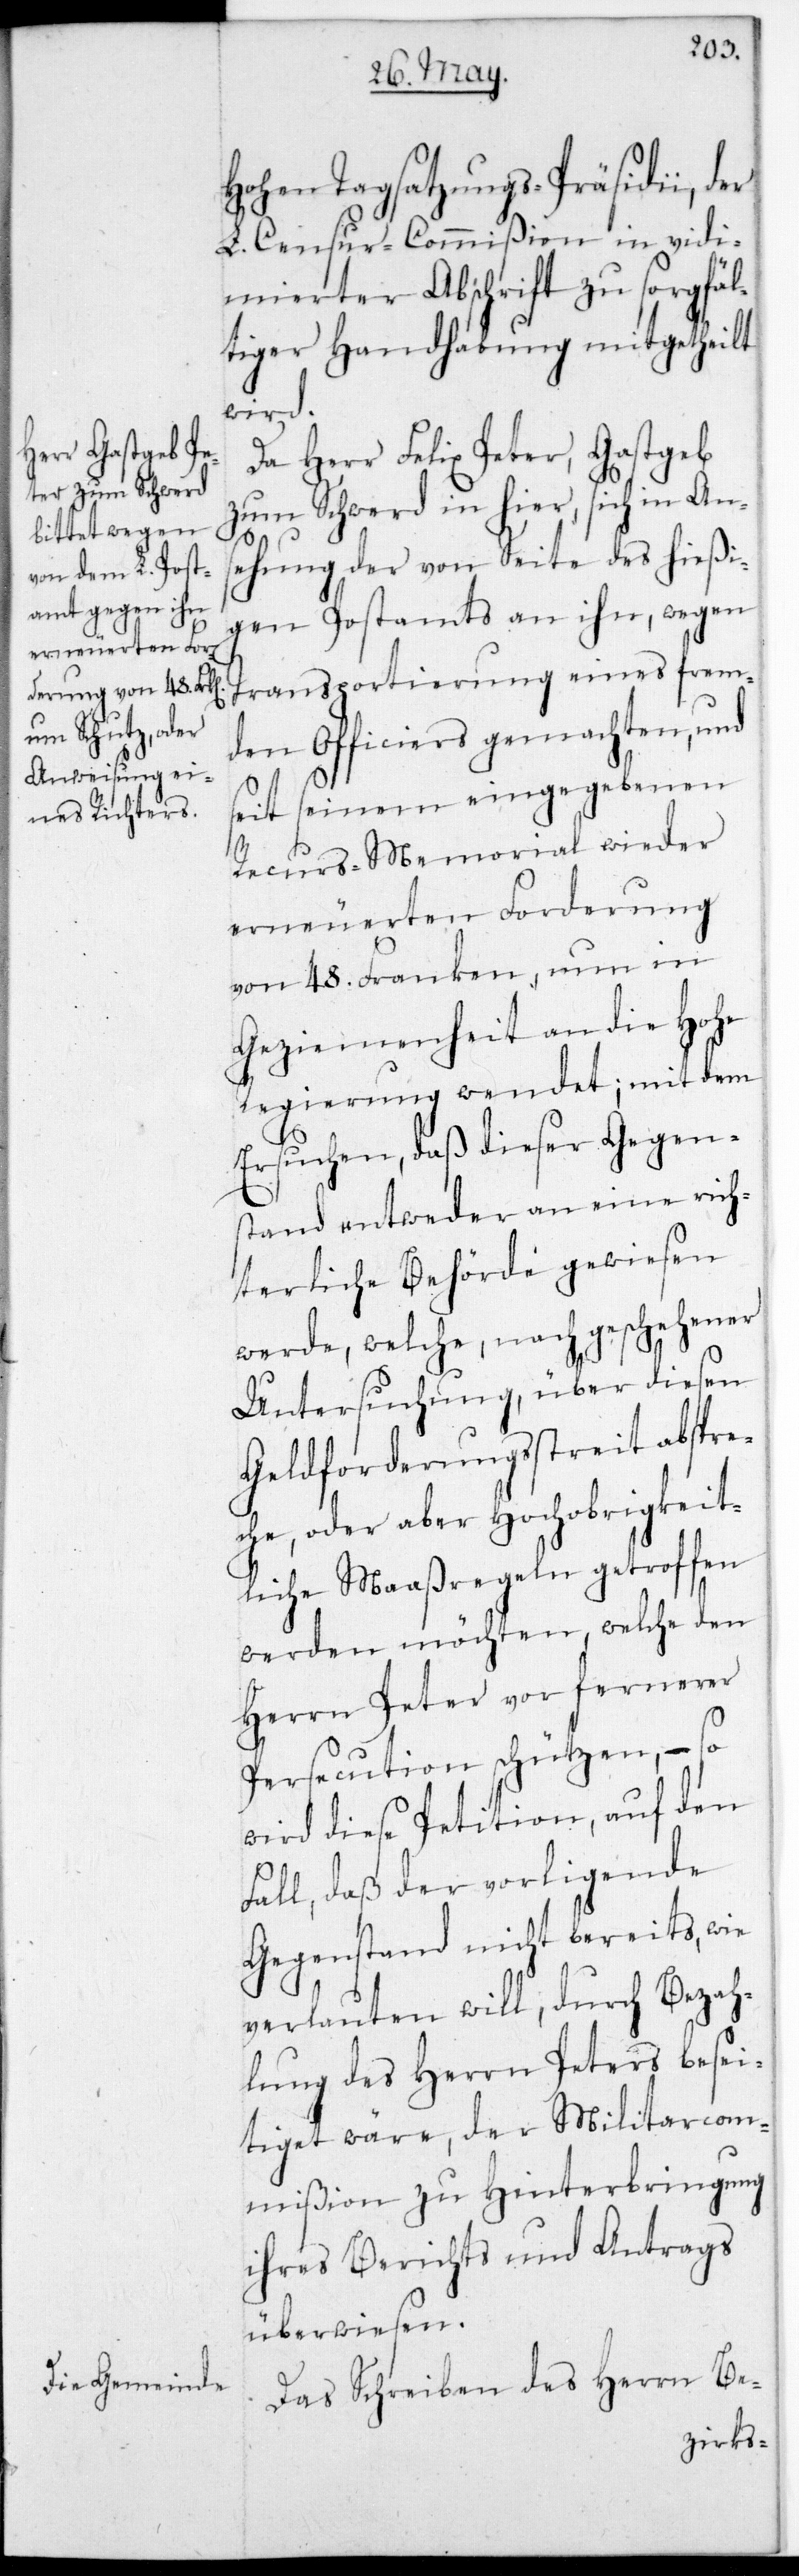
Hohen Tagsatzungs-Präsidii, der
L. Censur-Commißion in vidi¬
mierter Abschrift zu sorgfäl¬
tiger Handhabung mitgetheilt
wird.
Da Herr Felix Peter, Gastgeb
zum Schwerd in hier, sich in Ans¬
ehung der von Seite des hießi¬
gen Postamts an ihn, wegen
Transportierung eines frem¬
den Officiers gemachten, und
seit seinem eingegebenen
Recurs-Memorial wieder
erneuereten Forderung
von 48. Franken, nun in
Geziemenheit an die Hohe
Regierung wendet; mit dem
Ersuchen, daß dieser Gegen¬
stand entweder an eine rich¬
terliche Behörde gewiesen
werde, welche nach geschehener
Untersuchung über diesen
Geldforderungsstreit abspre¬
che, oder aber Hochobrigkeit¬
liche Maaßregeln getroffen
werden möchten, welche den
Herrn Peter vor fernerer
Persecution schützen, – so
wird diese Petition auf den
Fall, daß der vorligende
Gegenstand nicht bereits, wie
verlauten will, durch Bezah¬
lung des Herrn Peters besei¬
tiget wäre, der Militar-Com¬
mißion zu Hinterbringung
ihres Berichts und Antrags
überwiesen.
Das Schreiben des Herrn Be-